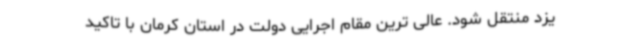
یزد منتقل شود. عالی ترین مقام اجرایی دولت در استان کرمان با تاکید